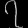
Digit: ၇